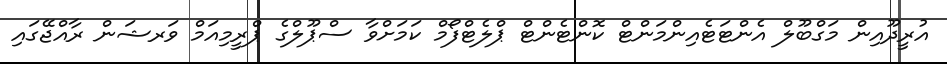
އުރީދޫއިން މަގްބޫލް އެންޓަޓެއިންމަންޓް ކޮންޓެންޓް ޕްލެޓްފޯމް ކަމަށްވާ ސްޕޫލްގެ ޕްރީމިއަމް ވަރޝަން ރާއްޖޭގައި